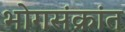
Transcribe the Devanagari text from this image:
भोगसंक्रांत